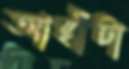
আছাঁটা